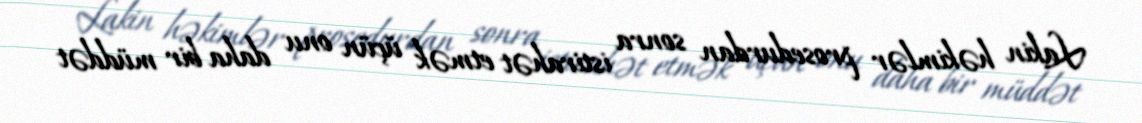
Lakin həkimlər prosedurdan sonra istirahət etmək üçün onu daha bir müddət